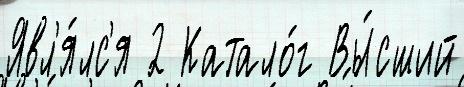
Явл'я́лс'я 2 Катало́г Вы́сший